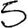
Digit: 5